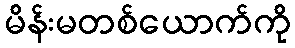
မိန်းမတစ်ယောက်ကို